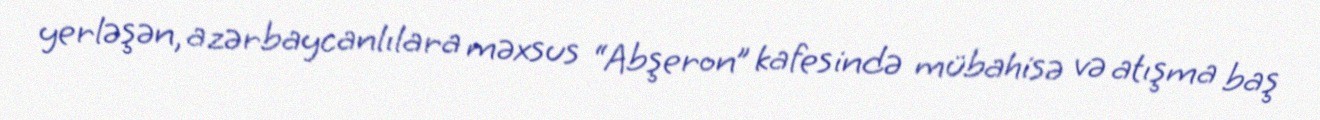
yerləşən, azərbaycanlılara məxsus “Abşeron” kafesində mübahisə və atışma baş